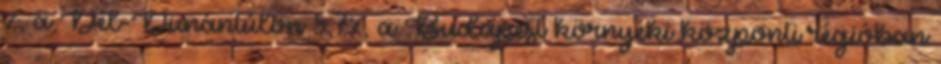
%, a Dél-Dunántúlon 5,7%, a Budapest környéki központi régióban